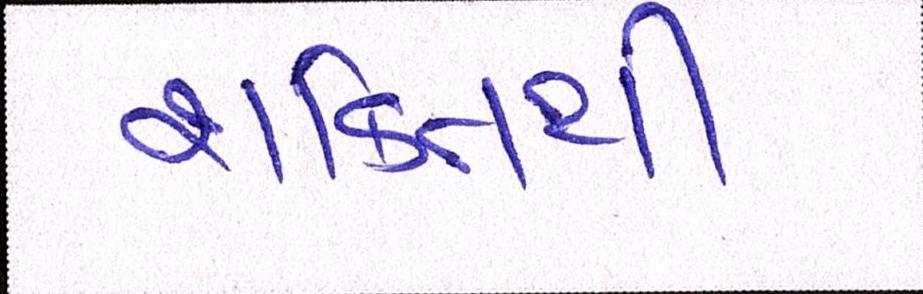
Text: શક્તિથી